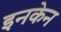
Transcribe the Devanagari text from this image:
इनकेन